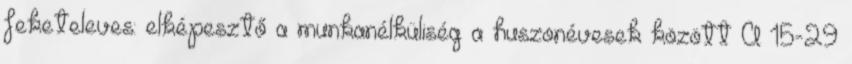
feketeleves: elképesztő a munkanélküliség a huszonévesek között A 15-29